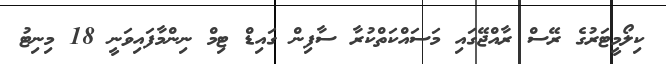
ކިލޯމީޓަރުގެ ރޭސް ރާއްޖޭގައި މަސައްކަތްކުރާ ސާފިން ގައިޑް ޓިމް ނިންމާފައިވަނީ 18 މިނިޓު